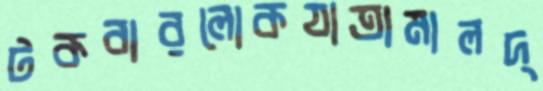
টকবারলোকযাত্রামালদ্